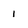
Character: 1